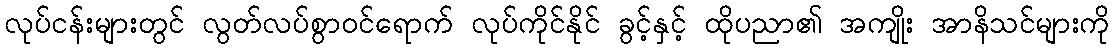
လုပ်ငန်းများတွင် လွတ်လပ်စွာဝင်ရောက် လုပ်ကိုင်နိုင် ခွင့်နှင့် ထိုပညာ၏ အကျိုး အာနိသင်များကို